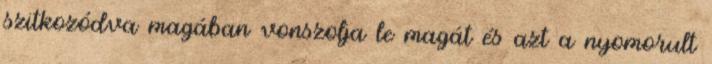
szitkozódva magában vonszolja le magát és azt a nyomorult